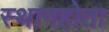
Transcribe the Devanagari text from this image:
स्थानहोता